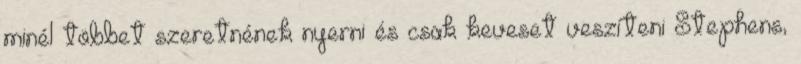
minél többet szeretnének nyerni és csak keveset veszíteni Stephens,